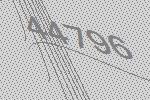
44796